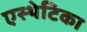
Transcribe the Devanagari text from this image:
एस्थेटिका